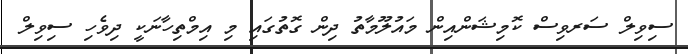
ސިވިލް ސަރވިސް ކޮމިޝަންއިން މައުލޫމާތު ދިން ގޮތުގައި މި އިމްތިހާނަކީ ދިވެހި ސިވިލް